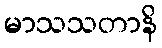
မာသသတာနိ